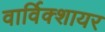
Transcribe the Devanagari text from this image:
वार्विक्शायर